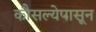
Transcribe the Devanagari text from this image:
कौसल्येपासून